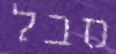
סבל